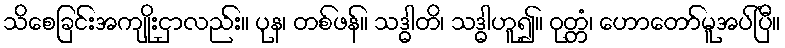
သိစေခြင်းအကျိုးငှာလည်း။ ပုန၊ တစ်ဖန်။ သဒ္ဓါတိ၊ သဒ္ဓါဟူ၍။ ဝုတ္တံ၊ ဟောတော်မူအပ်ပြီ။